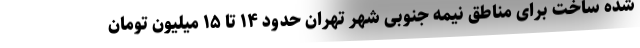
شده ساخت برای مناطق نیمه جنوبی شهر تهران حدود ۱۴ تا ۱۵ میلیون تومان